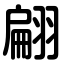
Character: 翩